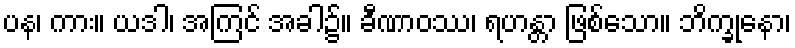
ပန၊ ကား။ ယဒါ၊ အကြင် အခါ၌။ ခီဏာဝဿ၊ ရဟန္တာ ဖြစ်သော။ ဘိက္ခုနော၊